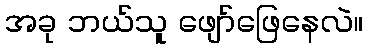
အခု ဘယ်သူ ဖျော်ဖြေနေလဲ။